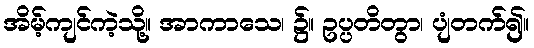
အိမ့်ကျင်ကဲ့သို့။ အာကာသေ၊ ၌။ ဥပ္ပတိတွာ၊ ပျံတက်၍။